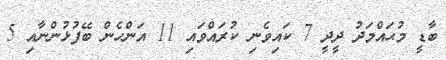
ބާޑީ މުޙައްމަދު ދީދީ 7 ކައިވެނި ކުރައްވައި 11 އަންހެން ބޭފުޅުންނާއި 5